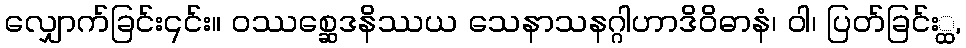
လျှောက်ခြင်း၎င်း။ ဝဿစ္ဆေဒနိဿယ သေနာသနဂ္ဂါဟာဒိဝိဓာနံ၊ ဝါ၊ ပြတ်ခြင်း္ထ,